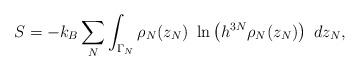
LaTeX: \begin{align*}S=-k_B \sum_N \int_{\Gamma_N} \rho_N(z_N)\ \ln\left(h^{3N}\rho_N(z_N)\right)\ dz_N,\end{align*}